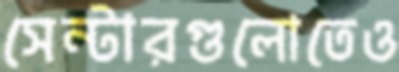
সেন্টারগুলোতেও